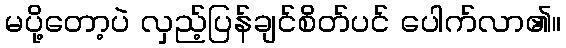
မပို့တော့ပဲ လှည့်ပြန်ချင်စိတ်ပင် ပေါက်လာ၏။